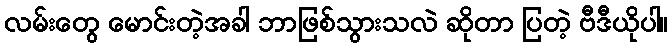
လမ်းတွေ မောင်းတဲ့အခါ ဘာဖြစ်သွားသလဲ ဆိုတာ ပြတဲ့ ဗီဒီယိုပါ။